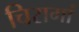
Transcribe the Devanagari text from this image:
चिरागां